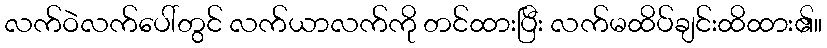
လက်ဝဲလက်ပေါ်တွင် လက်ယာလက်ကို တင်ထားပြီး လက်မထိပ်ချင်းထိထား၏။